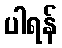
ပါရန်